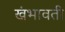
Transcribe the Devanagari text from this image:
खंभावती